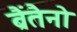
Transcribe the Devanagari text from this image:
ब्रैंतैनो